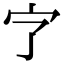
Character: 㝋